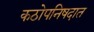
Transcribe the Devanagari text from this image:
कठोपनिषदात